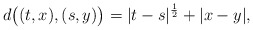
\begin{align*}d\big((t,x), (s,y)\big)=|t-s|^{\frac{1}{2}}+|x-y|,\end{align*}